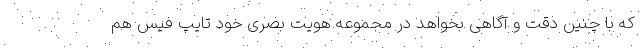
که با چنین دقت و آگاهی بخواهد در مجموعه هویت بصری خود تایپ فیس هم